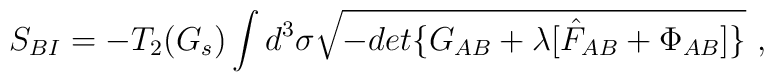
S_{BI}=-T_2(G_s)\int d^3\sigma  \sqrt{-det\{ G_{AB} + \lambda[ \hat F _{AB}+\Phi_{AB}]\} }\ ,